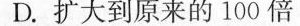
D.扩大到原来的100倍